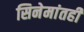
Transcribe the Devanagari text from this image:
सिनेमांतही